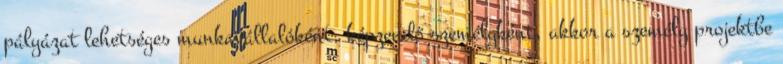
pályázat lehetséges munkavállalóként, képzendő személyként, akkor a személy projektbe